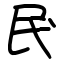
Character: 𫞖